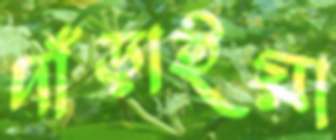
দাঁড়াইয়া